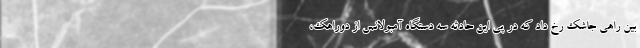
بین راهی جاشک رخ داد که در پی این حادثه سه دستگاه آمبولانس از دوراهک،